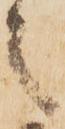
之